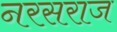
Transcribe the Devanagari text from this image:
नरसराज